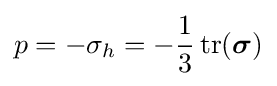
p=-\sigma _{h}=-{\frac {1}{3}}\operatorname {tr} ({\boldsymbol {\sigma }})